Annual vaccination report of Bihar and Orissa - 1911-1928
Year: 1911
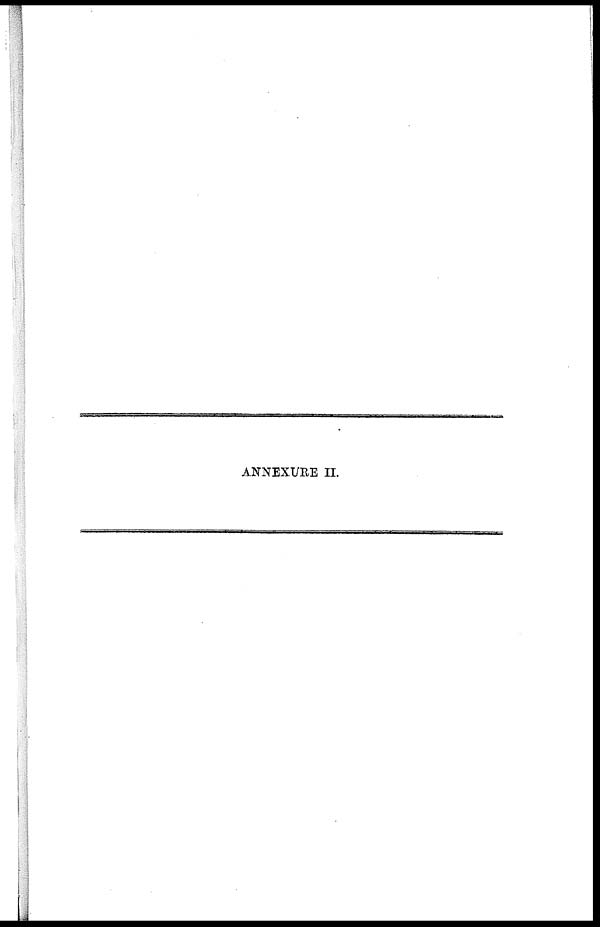
ANNEXURE II.